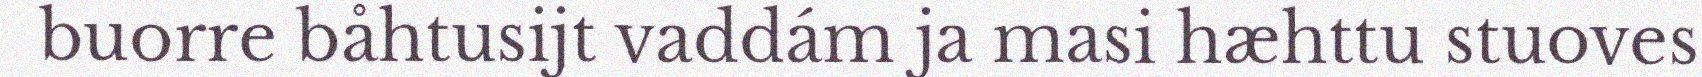
buorre båhtusijt vaddám ja masi hæhttu stuoves